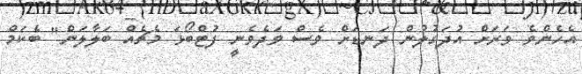
އެހެންވެ ވަރަށް އުދަގުލުން ދަނޑަށް ވެސް ވަދެވެނީ ފުޓްބޯޅަ މެޗެއް ބަލާލަން" ބެކަމް